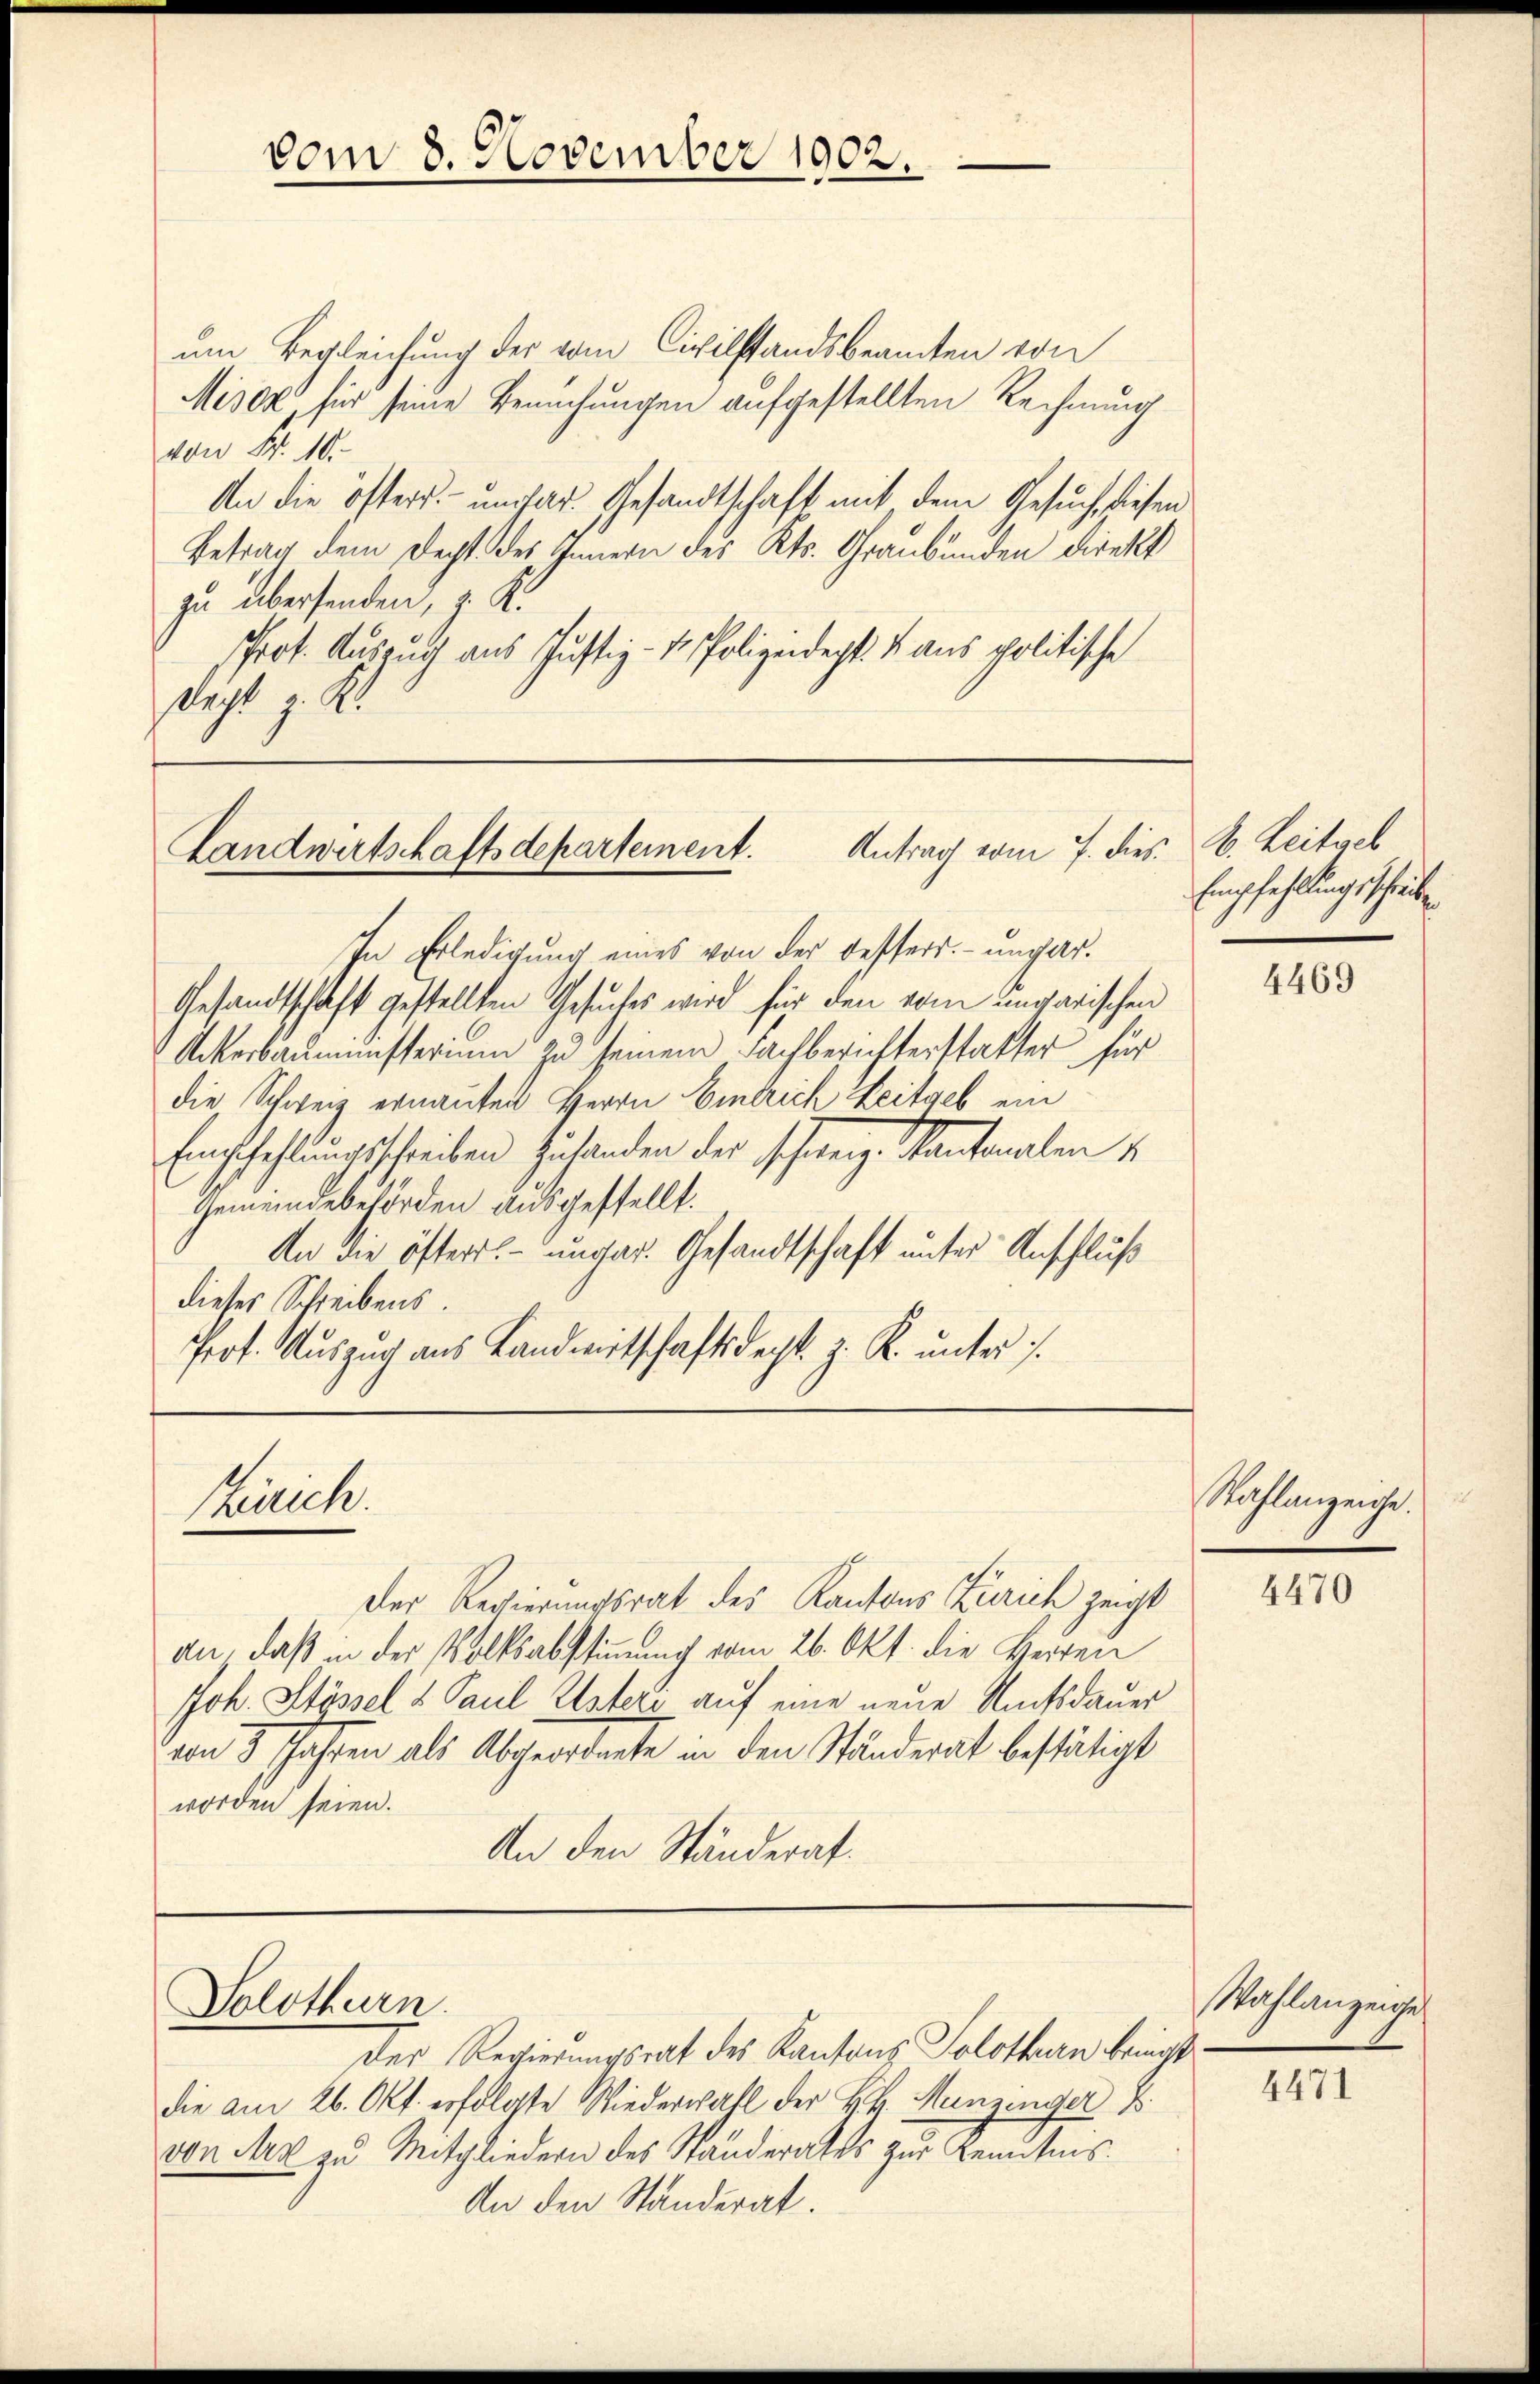
vom 8. November 1902.

um Begleichung der vom Civilstandsbeamten von
Miser, für seine Besuchungen aufgestellten Rechnung
von Fr. 10.
An die öfters.- undfar. Gesandtschaft mit dem Gesuch, diesen
Betrag dem Recht des Innern des Kts. Graubünden direkt
zu übersenden, z. K.
Prot. Auszug aus Justiz- & Polizeidept: 4. aus politische
dacht z. R.

Landwirtschaftsdepartement. Antrag vom 7. dies

In Erledigung eines von der Fessers ungar.
Gesandtschaft gestellten Gesuches wird für den vom ungarischen
Ackerbaumünsterium zu seinem Fachberichterstatter für
die Schweiz ernannten Herrn Eintrich Zeitgeb ein
Empfehlungsschreiben Zuhanden der schweiz. Kantonalen u
Gemeindebehörden ausgestellt.
An die öfters. - ungar. Gesandtschaft unter Anschluß
dieses Schreibens.
Prof. Auszug aus Landwirtschaftsrecht. Z. K. unter

Zürich.

Solothurn.

Der Regierungsrat des Kantons Zürich zeicht
an, daß in der Volksabstimmung vom 26. Okt. die Herren
Joh. Stössel u Paul Usteri auf eine neue Amtsdauer
von 3 Jahren als Abgeordnete in den Ständerat bestätigt
worden seien.
An den Ständerat.

Der Regierungsrat des Kantons Solothurn bringt
die am 26. Okt. erfolgte Wiederwall der k.k. Menzinger B
von Art zu Mitgliedern des Ständerates zur Kenntnis.
An den Standerat.

b. Zeitgeb
Empfehlung scheiden

4469

Wahlanzeiche.

4470

Wahlanzeiges

4471